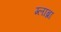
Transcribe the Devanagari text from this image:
ग्लाब्रा